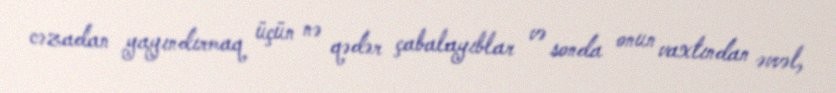
cəzadan yayındırmaq üçün nə qədər çabalayıblar və sonda onun vaxtından əvvəl,